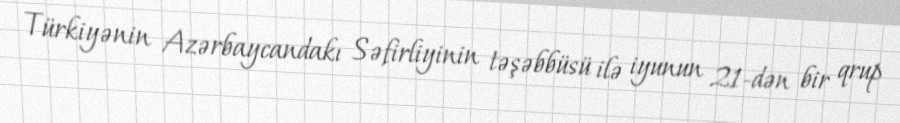
Türkiyənin Azərbaycandakı Səfirliyinin təşəbbüsü ilə iyunun 21-dən bir qrup